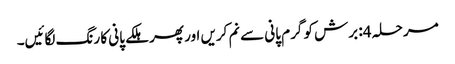
مرحلہ 4: برش کو گرم پانی سے نم کریں اور پھر ہلکے پانی کا رنگ لگائیں۔